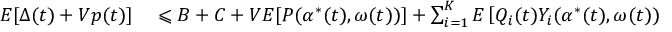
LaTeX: \begin{array} { r l r l } { E [ \Delta ( t ) + V p ( t ) ] } & { { } \leqslant B + C + V E [ P ( \alpha ^ { * } ( t ) , \omega ( t ) ) ] + \sum _ { i = 1 } ^ { K } E \left[ Q _ { i } ( t ) Y _ { i } ( \alpha ^ { * } ( t ) , \omega ( t ) ) \right] } \end{array}